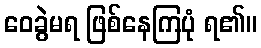
ဝေခွဲမရ ဖြစ်နေကြပုံ ရ၏။